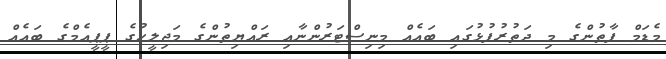
މެޑަމް ފާތުންގެ މި ދަތުރުފުޅުގައި ބައެއް މިނިސްޓަރުންނާއި ރައްޔިތުންގެ މަޖިލީހުގެ ޕީޕީއެމްގެ ބައެއް